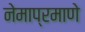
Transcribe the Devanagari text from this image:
नेमाप्रमाणे